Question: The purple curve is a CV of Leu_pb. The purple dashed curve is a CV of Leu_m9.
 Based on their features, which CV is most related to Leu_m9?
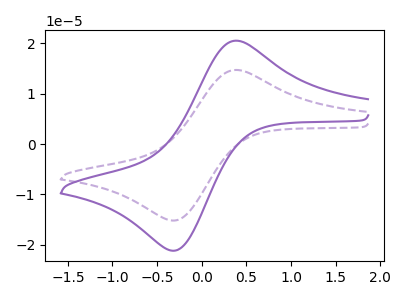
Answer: <think>The purple curve "Leu_pb" has an anodic peak at (0.40V, 20.55uA) and a cathodic peak at (-0.30V, -21.10uA). The purple dashed curve "Leu_m9" has an anodic peak at (0.40V, 14.75uA) and a cathodic peak at (-0.30V, -15.10uA).
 All the peaks in "Leu_pb" have a peak in "Leu_m9" at the same potential. Every peak in "Leu_pb" is higher than every peak in "Leu_m9".</think>
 <answer>The CV with the most similar shape to "Leu_pb" is "Leu_m9".</answer>
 <eval>"Leu_m9"</eval>